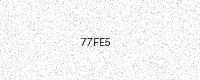
Text: 77FE5